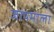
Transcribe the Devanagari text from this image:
जापमाला